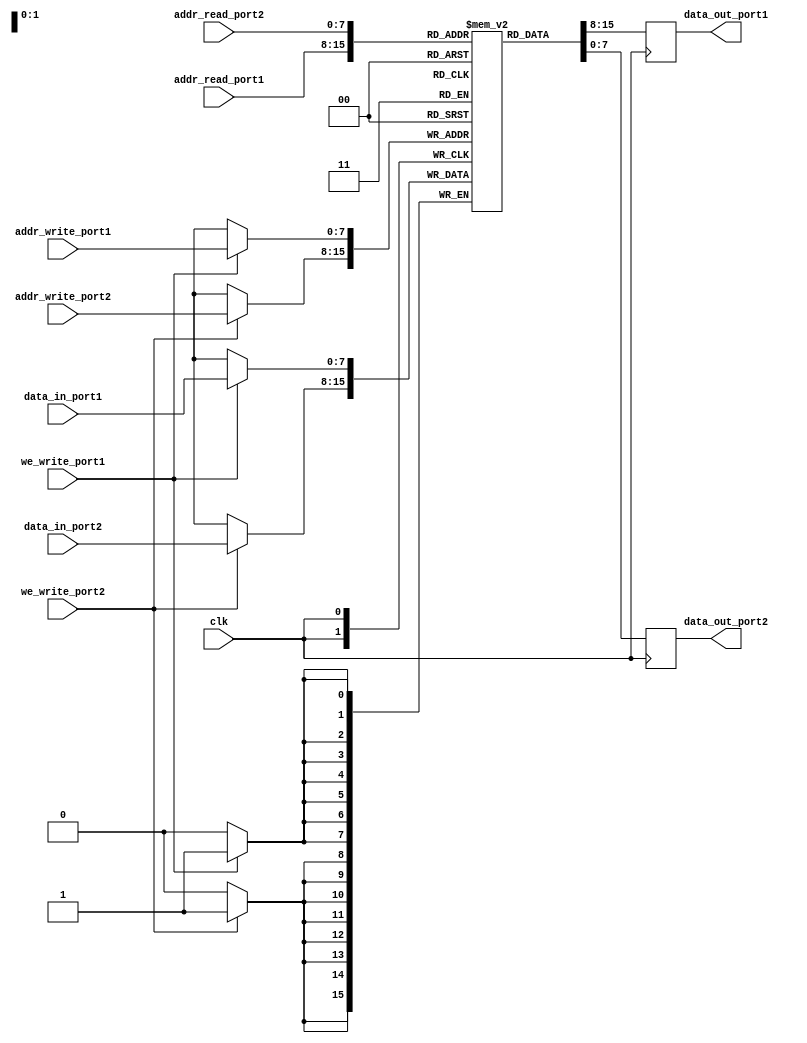
module dual_port_ram (
  input wire [7:0] addr_read_port1,
  input wire [7:0] addr_read_port2,
  input wire [7:0] addr_write_port1,
  input wire [7:0] addr_write_port2,
  input wire [7:0] data_in_port1,
  input wire [7:0] data_in_port2,
  input wire we_write_port1,
  input wire we_write_port2,
  input wire clk,
  output reg [7:0] data_out_port1,
  output reg [7:0] data_out_port2
);

reg [7:0] mem [255:0];

always @(posedge clk) begin
  if (we_write_port1 == 1'b1) begin
    mem[addr_write_port1] <= data_in_port1;
  end

  if (we_write_port2 == 1'b1) begin
    mem[addr_write_port2] <= data_in_port2;
  end

  data_out_port1 <= mem[addr_read_port1];
  data_out_port2 <= mem[addr_read_port2];
end

endmodule